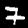
Label: 7